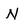
Character: N